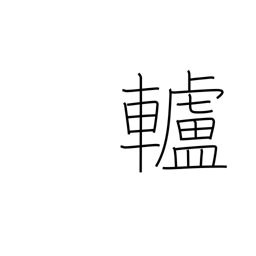
Meaning: pulley